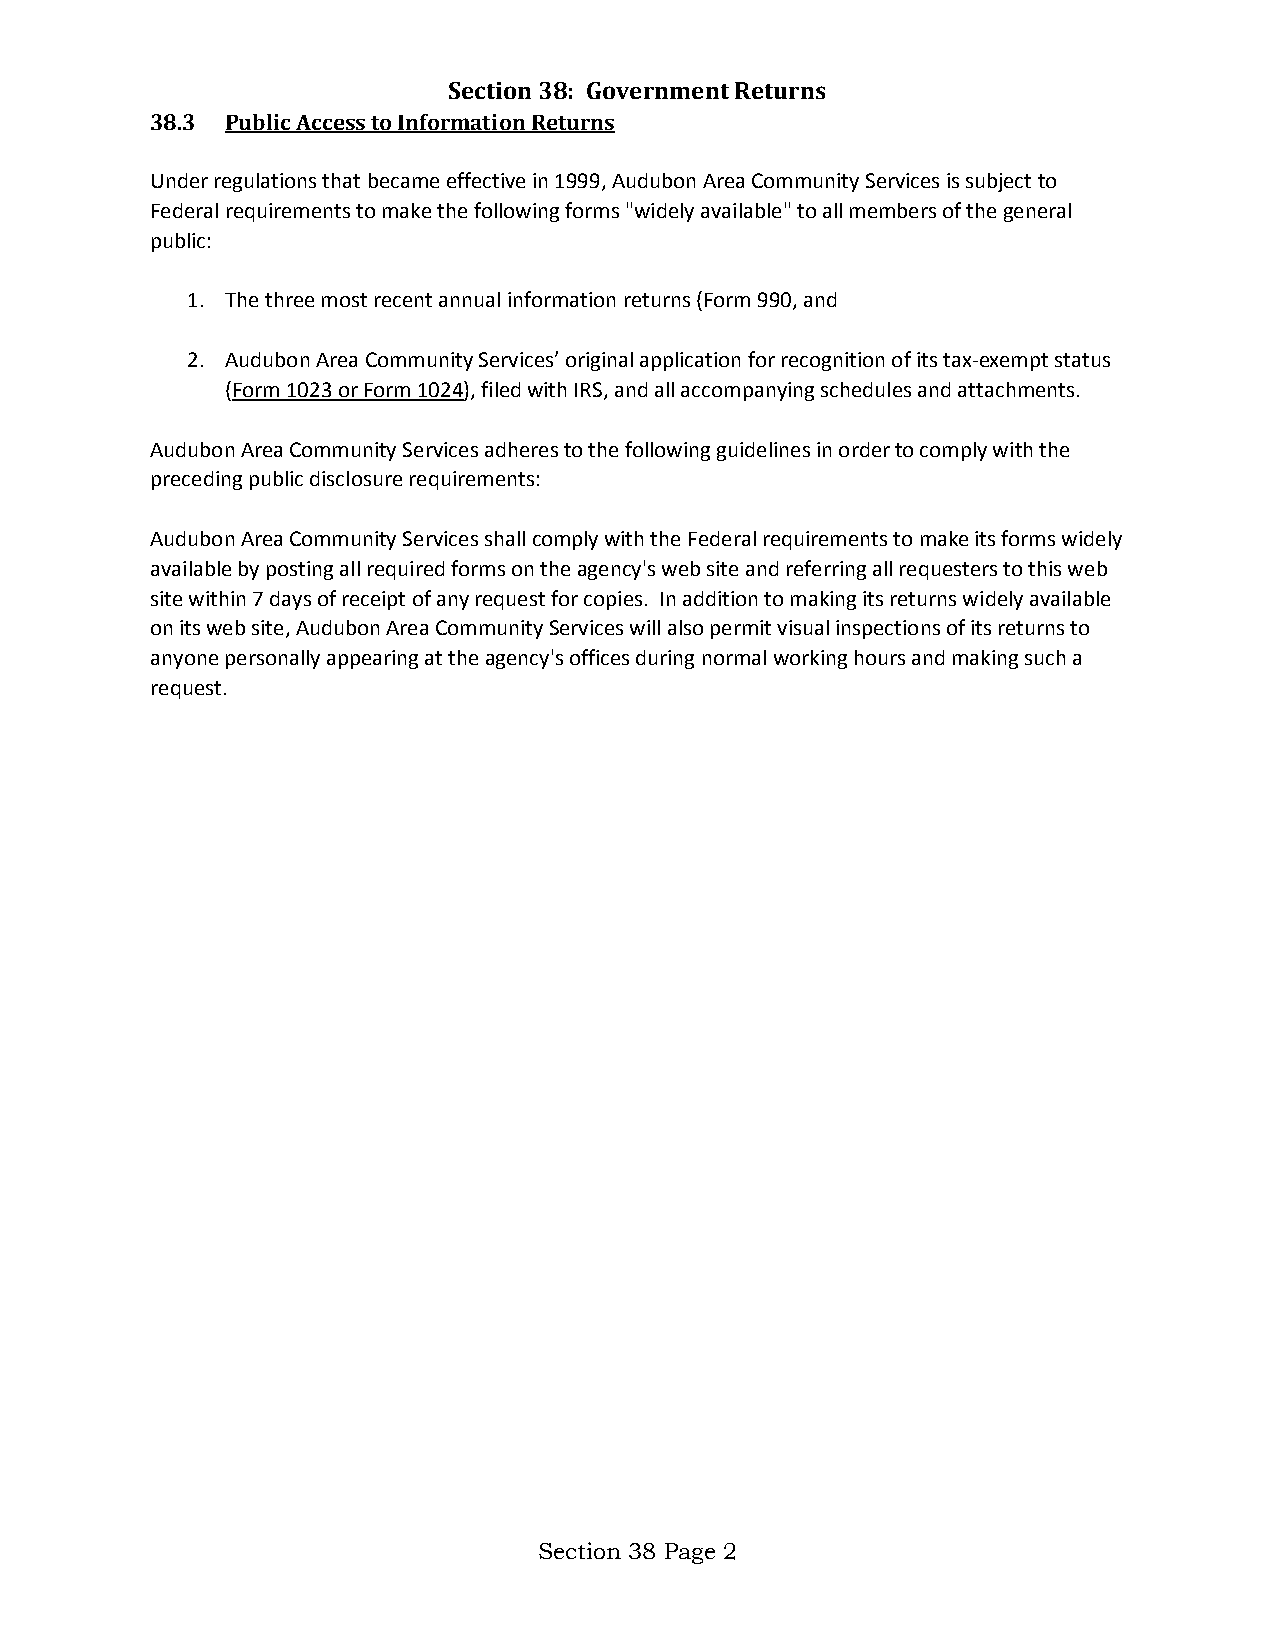
Section 38: Government Returns
 38.3 Public Access to Information Returns
 Under regulations that became effective in 1999, Audubon Area Community Services is subject to
 Federal requirements to make the following forms "widely available" to all members of the general
 public:
 1. The three most recent annual information returns (Form 990, and
 2. Audubon Area Community Services’ original application for recognition of its tax-exempt status
 (Form 1023 or Form 1024), filed with IRS, and all accompanying schedules and attachments.
 Audubon Area Community Services adheres to the following guidelines in order to comply with the
 preceding public disclosure requirements:
 Audubon Area Community Services shall comply with the Federal requirements to make its forms widely
 available by posting all required forms on the agency's web site and referring all requesters to this web
 site within 7 days of receipt of any request for copies. In addition to making its returns widely available
 on its web site, Audubon Area Community Services will also permit visual inspections of its returns to
 anyone personally appearing at the agency's offices during normal working hours and making such a
 request.
 Section 38 Page 2